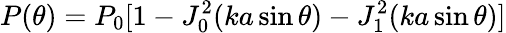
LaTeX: P(\theta)=P_{0}[1-J_{0}^{2}(ka\sin\theta)-J_{1}^{2}(ka\sin\theta)]